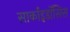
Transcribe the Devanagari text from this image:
सार्काइडॉसिस